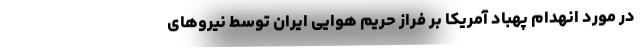
در مورد انهدام پهباد آمریکا بر فراز حریم هوایی ایران توسط نیروهای